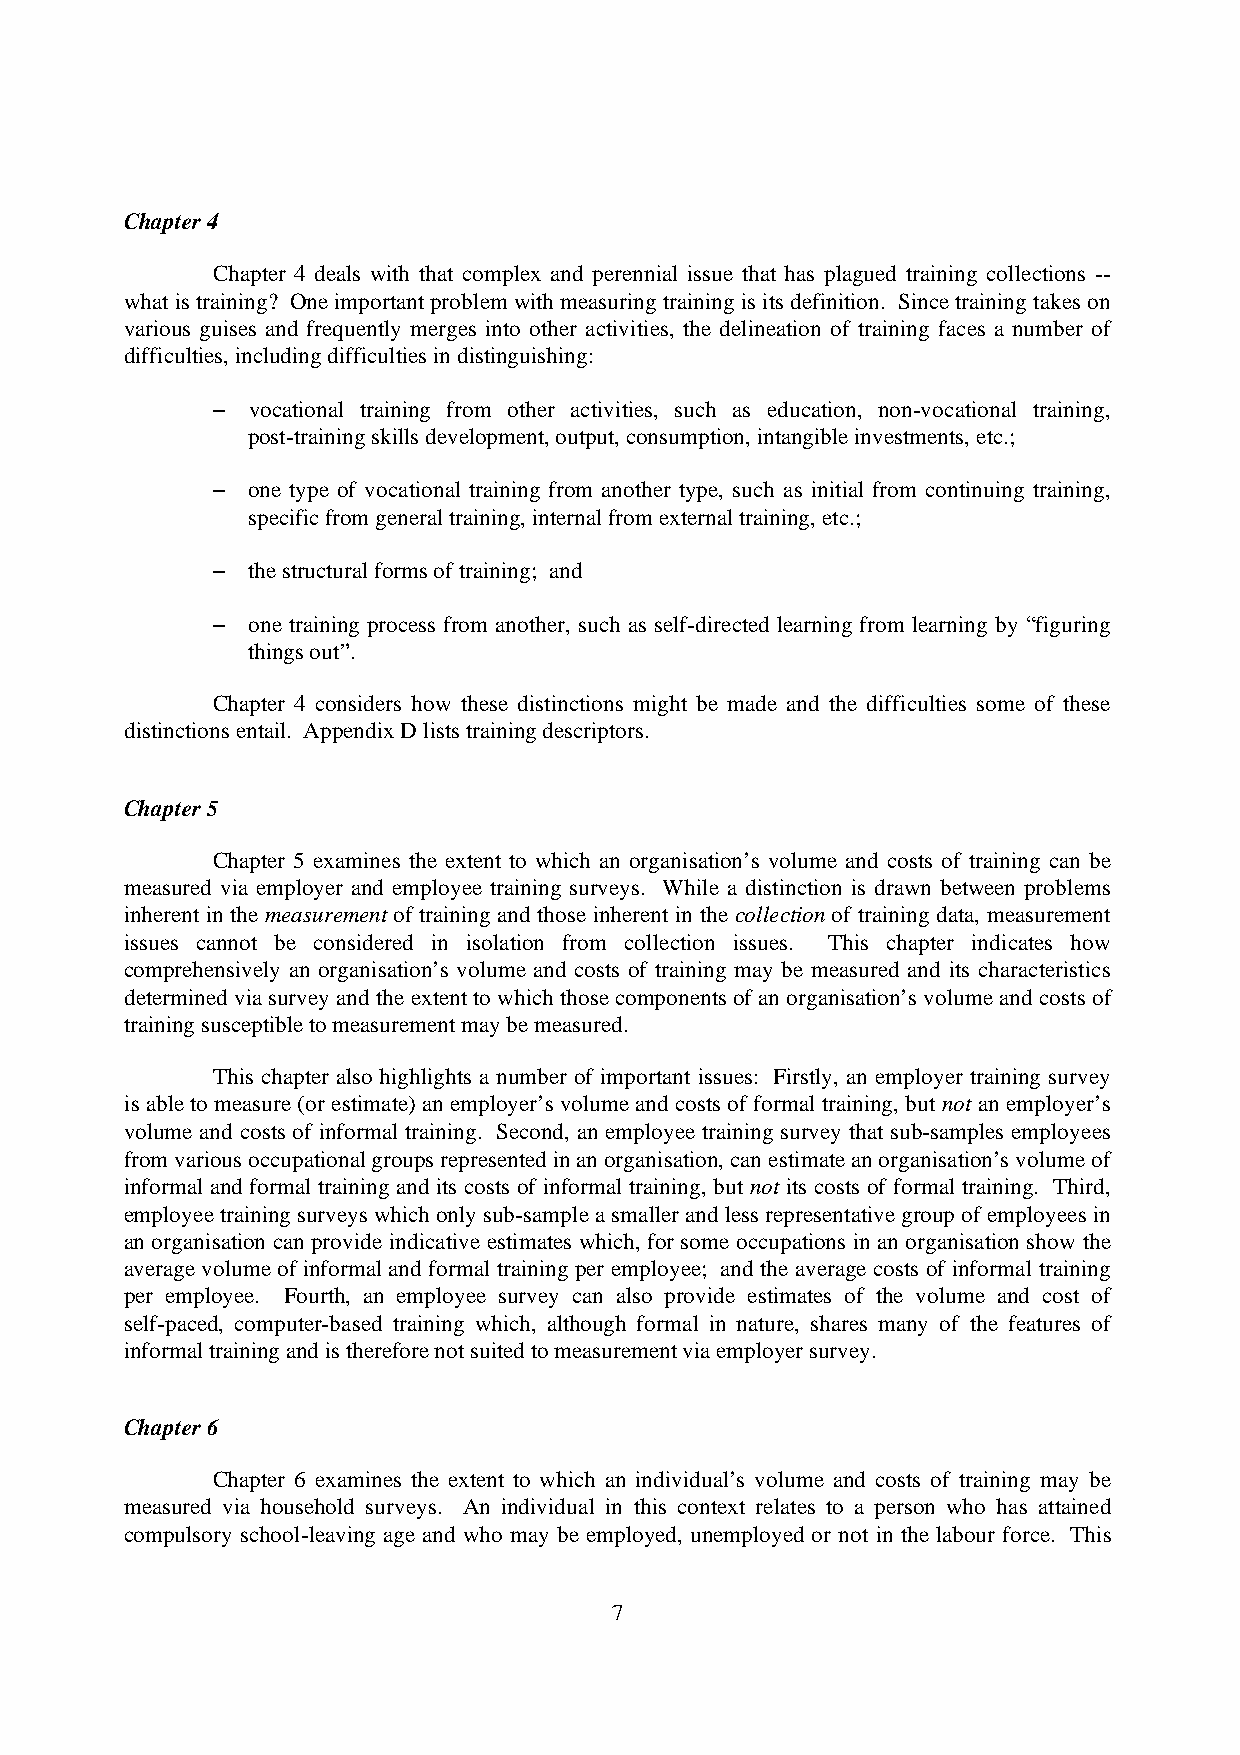
Chapter 4
 Chapter 4 deals with that complex and perennial issue that has plagued training collections --
 what is training? One important problem with measuring training is its definition. Since training takes on
 various guises and frequently merges into other activities, the delineation of training faces a number of
 difficulties, including difficulties in distinguishing:
 - vocational training from other activities, such as education, non-vocational training,
 post-training skills development, output, consumption, intangible investments, etc.;
 - one type of vocational training from another type, such as initial from continuing training,
 specific from general training, internal from external training, etc.;
 - the structural forms of training; and
 - one training process from another, such as self-directed learning from learning by “figuring
 things out”.
 Chapter 4 considers how these distinctions might be made and the difficulties some of these
 distinctions entail. Appendix D lists training descriptors.
 Chapter 5
 Chapter 5 examines the extent to which an organisation’s volume and costs of training can be
 measured via employer and employee training surveys. While a distinction is drawn between problems
 inherent in the measurement of training and those inherent in the collection of training data, measurement
 issues cannot be considered in isolation from collection issues. This chapter indicates how
 comprehensively an organisation’s volume and costs of training may be measured and its characteristics
 determined via survey and the extent to which those components of an organisation’s volume and costs of
 training susceptible to measurement may be measured.
 This chapter also highlights a number of important issues: Firstly, an employer training survey
 is able to measure (or estimate) an employer’s volume and costs of formal training, but not an employer’s
 volume and costs of informal training. Second, an employee training survey that sub-samples employees
 from various occupational groups represented in an organisation, can estimate an organisation’s volume of
 informal and formal training and its costs of informal training, but not its costs of formal training. Third,
 employee training surveys which only sub-sample a smaller and less representative group of employees in
 an organisation can provide indicative estimates which, for some occupations in an organisation show the
 average volume of informal and formal training per employee; and the average costs of informal training
 per employee. Fourth, an employee survey can also provide estimates of the volume and cost of
 self-paced, computer-based training which, although formal in nature, shares many of the features of
 informal training and is therefore not suited to measurement via employer survey.
 Chapter 6
 Chapter 6 examines the extent to which an individual’s volume and costs of training may be
 measured via household surveys. An individual in this context relates to a person who has attained
 compulsory school-leaving age and who may be employed, unemployed or not in the labour force. This
 7